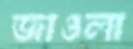
জাওলা